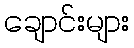
ချောင်းများ